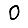
Digit: 0